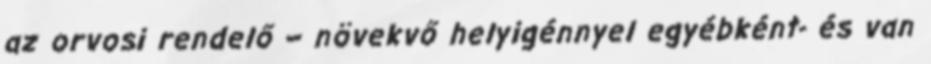
az orvosi rendelő – növekvő helyigénnyel egyébként- és van